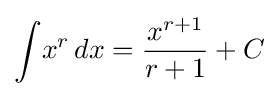
\int \!x^{r}\,dx={\frac {x^{r+1}}{r+1}}+C